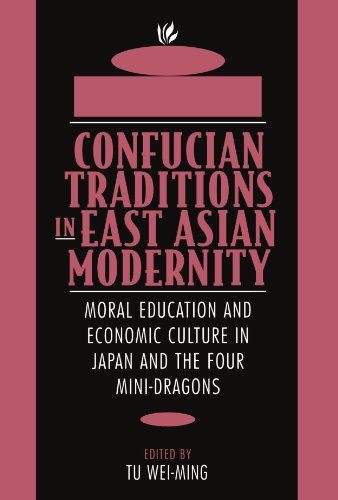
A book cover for Confucian Traditions in East Asian Modernity: Moral Education and Economic Culture in Japan and the Four Mini-Dragons; History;